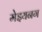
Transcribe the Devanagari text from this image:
मेइयनग